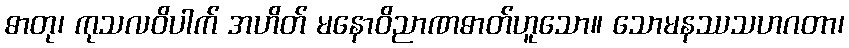
ဓာတု၊ ကုသလဝိပါက် အဟိတ် မနောဝိညာဏဓာတ်ဟူသော။ သောမနဿသဟဂတာ၊